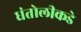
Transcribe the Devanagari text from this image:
धंतोलीकडे